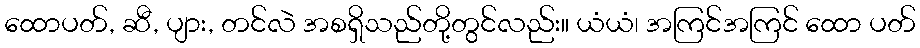
ထောပတ်, ဆီ, ပျား, တင်လဲ အစရှိသည်တို့တွင်လည်း။ ယံယံ၊ အကြင်အကြင် ထော ပတ်